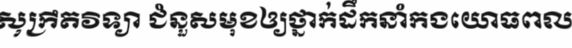
សុក្រឹតវិទ្យា ជំនួសមុខឲ្យថ្នាក់ដឹកនាំកងយោធពល